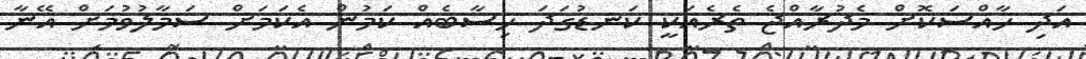
އަދި ހާއްސަކޮށް މެދުރާއްޖެ ތެރެއަކީ ކަނޑުގަދަ ހިސާބެއް ކަމުން އެކަމަށް ސަމާލުވުމަށް އޭނާ